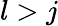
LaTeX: l>j